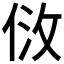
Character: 𠈹